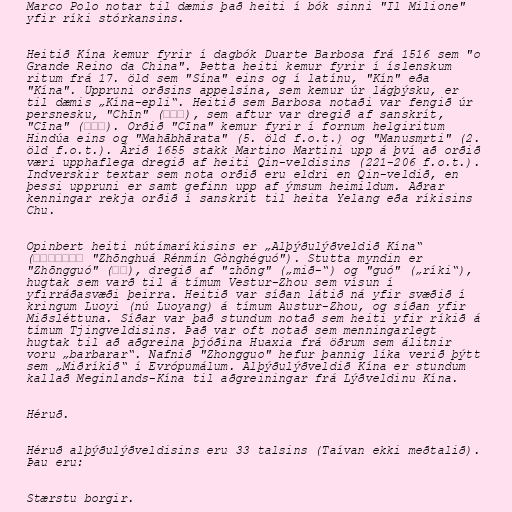
Marco Polo notar til dæmis það heiti í bók sinni "Il Milione"
yfir ríki stórkansins.

Heitið Kína kemur fyrir í dagbók Duarte Barbosa frá 1516 sem "o
Grande Reino da China". Þetta heiti kemur fyrir í íslenskum
ritum frá 17. öld sem "Sína" eins og í latínu, "Kín" eða
"Kína". Uppruni orðsins appelsína, sem kemur úr lágþýsku, er
til dæmis „Kína-epli“. Heitið sem Barbosa notaði var fengið úr
persnesku, "Chīn" (چین), sem aftur var dregið af sanskrít,
"Cīna" (चीन). Orðið "Cīna" kemur fyrir í fornum helgiritum
Hindúa eins og "Mahābhārata" (5. öld f.o.t.) og "Manusmṛti" (2.
öld f.o.t.). Árið 1655 stakk Martino Martini upp á því að orðið
væri upphaflega dregið af heiti Qin-veldisins (221-206 f.o.t.).
Indverskir textar sem nota orðið eru eldri en Qin-veldið, en
þessi uppruni er samt gefinn upp af ýmsum heimildum. Aðrar
kenningar rekja orðið í sanskrít til heita Yelang eða ríkisins
Chu.

Opinbert heiti nútímaríkisins er „Alþýðulýðveldið Kína“
(中华人民共和国 "Zhōnghuá Rénmín Gònghéguó"). Stutta myndin er
"Zhōngguó" (中国), dregið af "zhōng" („mið-“) og "guó" („ríki“),
hugtak sem varð til á tímum Vestur-Zhou sem vísun í
yfirráðasvæði þeirra. Heitið var síðan látið ná yfir svæðið í
kringum Luoyi (nú Luoyang) á tímum Austur-Zhou, og síðan yfir
Miðsléttuna. Síðar var það stundum notað sem heiti yfir ríkið á
tímum Tjingveldisins. Það var oft notað sem menningarlegt
hugtak til að aðgreina þjóðina Huaxia frá öðrum sem álitnir
voru „barbarar“. Nafnið "Zhongguo" hefur þannig líka verið þýtt
sem „Miðríkið“ í Evrópumálum. Alþýðulýðveldið Kína er stundum
kallað Meginlands-Kína til aðgreiningar frá Lýðveldinu Kína.

Héruð.

Héruð alþýðulýðveldisins eru 33 talsins (Taívan ekki meðtalið).
Þau eru:

Stærstu borgir.